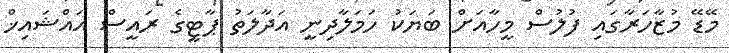
މޭޑޭ މުޒާހަރާގައި ފުލުސް މީހާއަށް ބަޔަކު ހަމަލާދިނީ އަދާލަތު ޕާޓީގެ ރައީސް އައްޝައިޚް